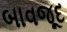
બાવજૂદ